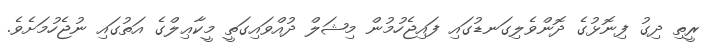
ރީތި ދިގު ފިނޮޅުގެ ދޮންވެލިގަނޑުގައި ފައިޖެހުމުން މިޝަލް ދުއްވައިގަތީ މީކާޢިލްގެ އަތުގައި ނުޖެހުމަށެވެ.